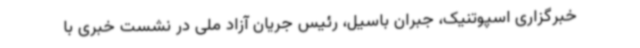
خبرگزاری اسپوتنیک، جبران باسیل، رئیس جریان آزاد ملی در نشست خبری با